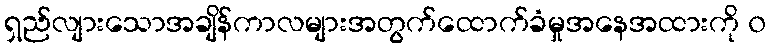
ရှည်လျားသောအချိန်ကာလများအတွက်ထောက်ခံမှုအနေအထားကို ၀